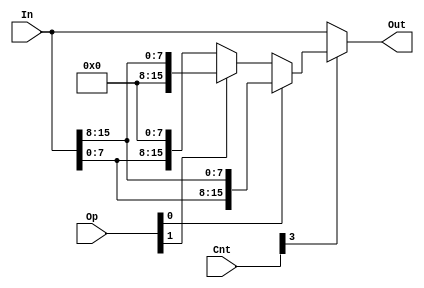
module shift_rotate_8(Out, In, Op, Cnt);

	input [15:0] In;
	input [3:0] Cnt;
	input [1:0] Op;
	
	output[15:0] Out;
	
	wire[15:0] op_res;
	
	assign op_res = Op[0] ? 
			//rotate left
			(Op[1] ? {In[7:0], In[15:8]} 
			///rotate right
			: {In[7:0], In[15:8]}) : 
			//shift right logical
			(Op[1] ? {{8{1'b0}}, In[15:8]} : 
			//shift left
			{In[7:0], {8{1'b0}}});
	
	assign Out = Cnt[3] ? op_res : In;

endmodule